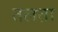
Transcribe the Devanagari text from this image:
तलता